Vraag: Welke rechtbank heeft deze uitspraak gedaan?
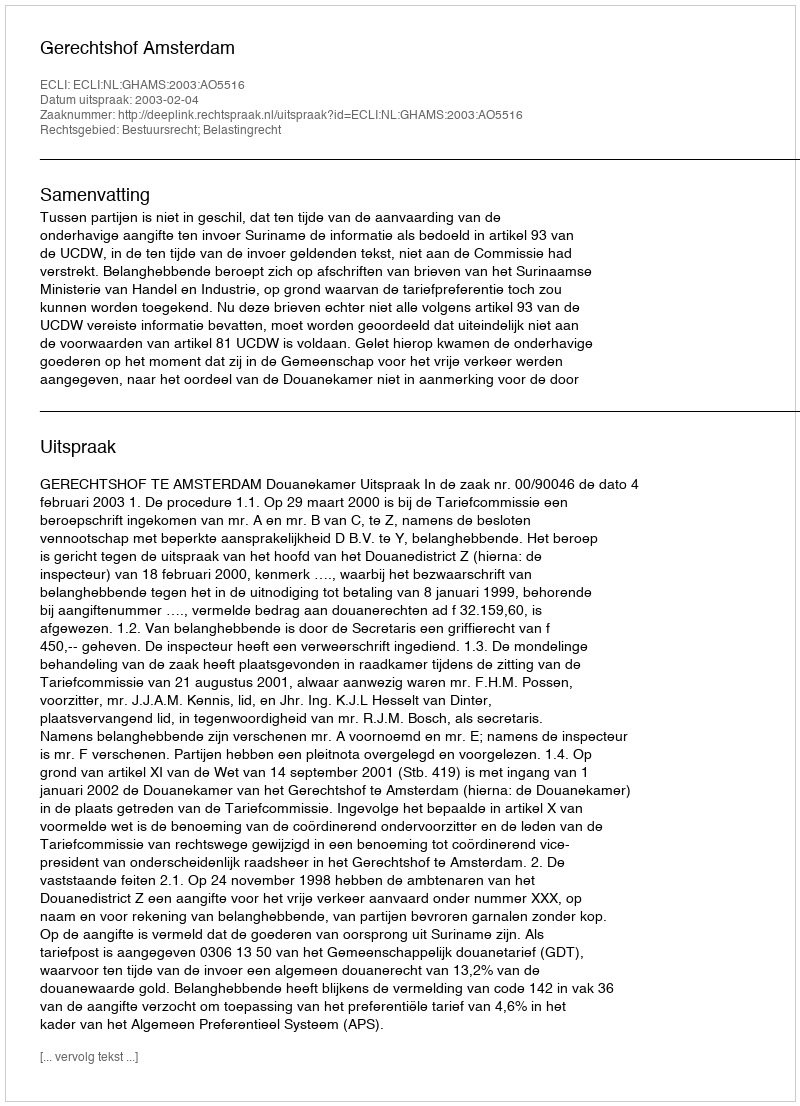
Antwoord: Gerechtshof Amsterdam